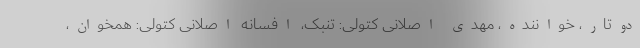
دوتار، خواننده، مهدی اصلانی کتولی: تنبک، افسانه اصلانی کتولی: همخوان،